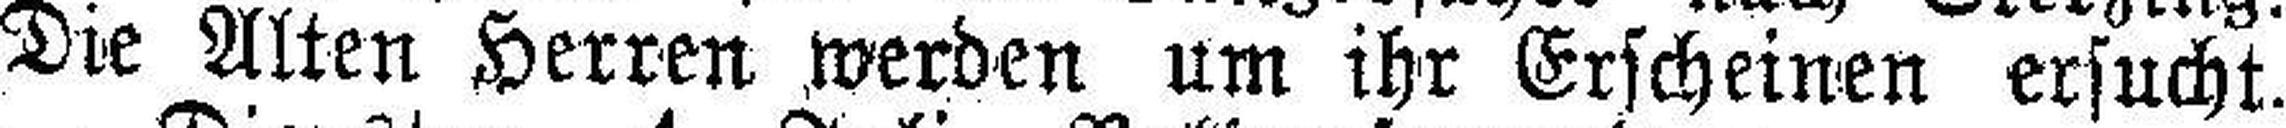
Die Alten Herren werden um ihr Erscheinen ersucht.